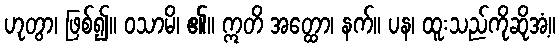
ဟုတွာ၊ ဖြစ်၍။ ဝသာမိ၊ ၏။ ဣတိ အတ္ထော၊ နက်။ ပန၊ ထူးသည်ကိုဆိုအံ့။